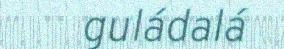
guládalá